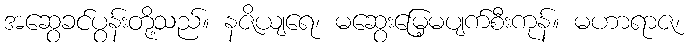
အဆွေခင်ပွန်းတို့သည်။ နဇိယျရေ၊ မဆွေးမြေ့မပျက်စီးကုန်။ မဟာရာဇ၊